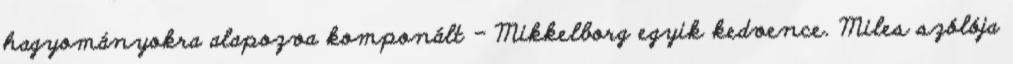
hagyományokra alapozva komponált - Mikkelborg egyik kedvence. Miles szólója